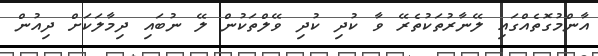
އާންމުގޮތެއްގައި ލޭނާރުތަކުތެރޭ ވާ ކުދި ކުދި ވޭލްތަކުން ލޭ ނުބައި ދިމާލަކަށް ދިއުން